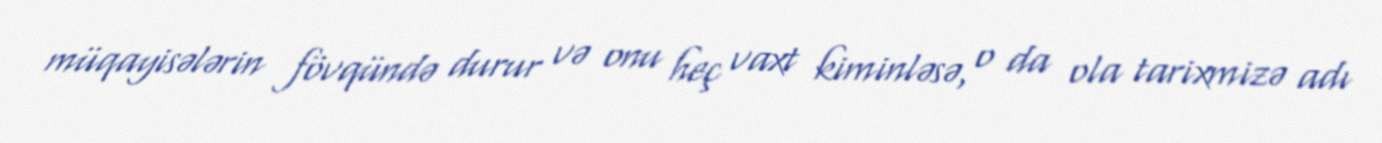
müqayisələrin fövqündə durur və onu heç vaxt kiminləsə, o da ola tarixmizə adı